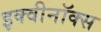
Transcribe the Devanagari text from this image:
इक्वीनॉक्स